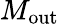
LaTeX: M_{\mathrm{out}}